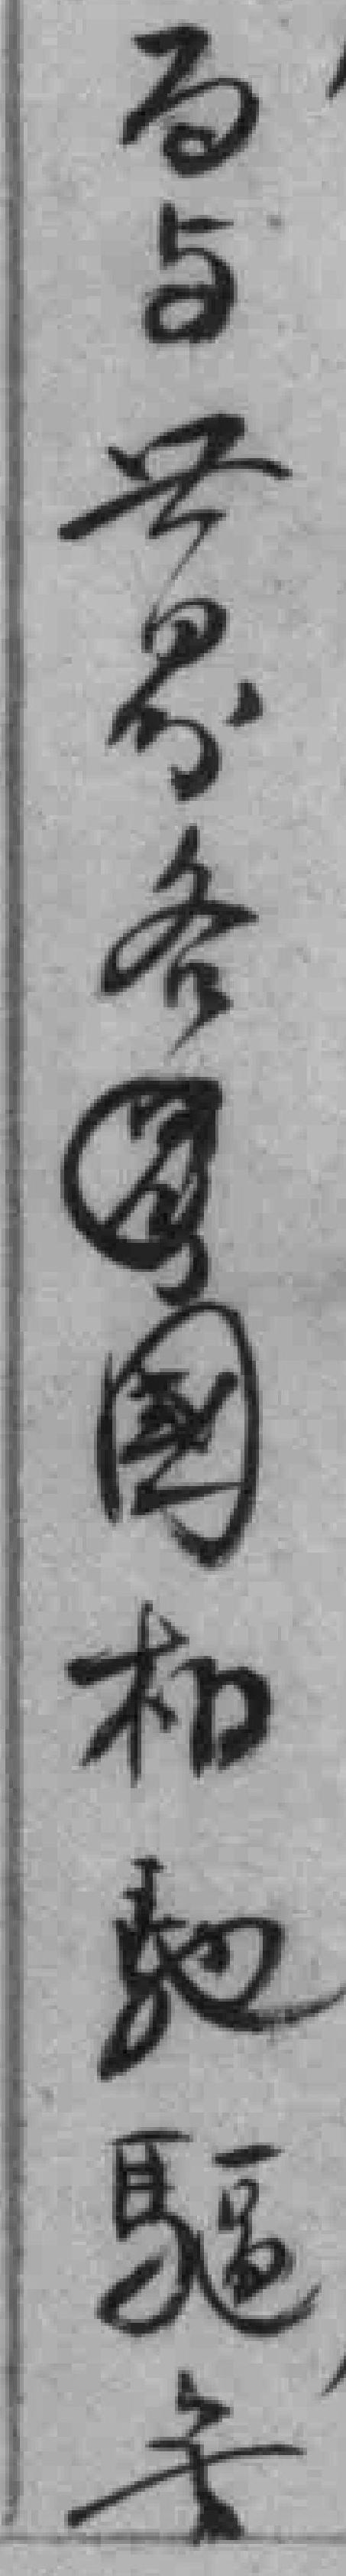
而与世界各*國相馳驅無